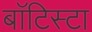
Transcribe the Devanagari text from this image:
बाॅटिस्टा